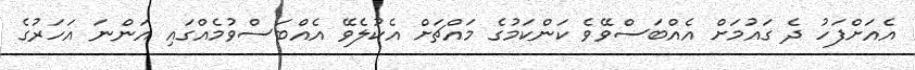
އެއަށްފަހު ދެ ގައުމަށް އެއްބަސްވޭވެ ކަންކަމުގެ މައްޗަށް އެކުލެވޭ އެއްބަސްވުމެއްގައި އަންނަ އަހަރުގެ